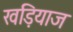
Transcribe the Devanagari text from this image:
खड़ियाज